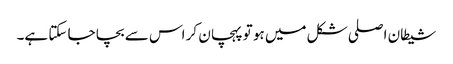
شیطان اصلی شکل میں ہو تو پہچان کر اس سے بچا جا سکتا ہے۔